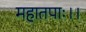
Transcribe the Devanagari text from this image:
महातपाः।।